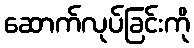
ဆောက်လုပ်ခြင်းကို